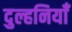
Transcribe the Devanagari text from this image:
दुल्हनियाँ